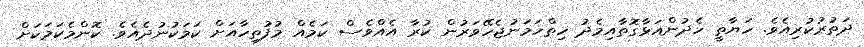
ދަތުރުކުރިއެވެ. ހަޔާތީ ހެދުންއަޅާގޮތާއިމެދު ހިތްހަމަނުޖެހޭވަރުން ކުރާ އެއްވެސް ކަމެއް މުފުތިހާއަށް ކަމަކުނުދެއެވެ. ކޮންމެކަމަކަށް